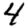
Digit: 4